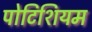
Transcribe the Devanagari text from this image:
पोटिशियम